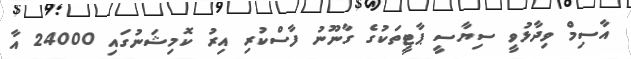
އާސިމް ވިދާޅުވީ ސިޔާސީ ޕާޓީތަކުގެ ގާނޫނު ފާސްކުރި އިރު ކޮމިޝަނުގައި 24000 އާ